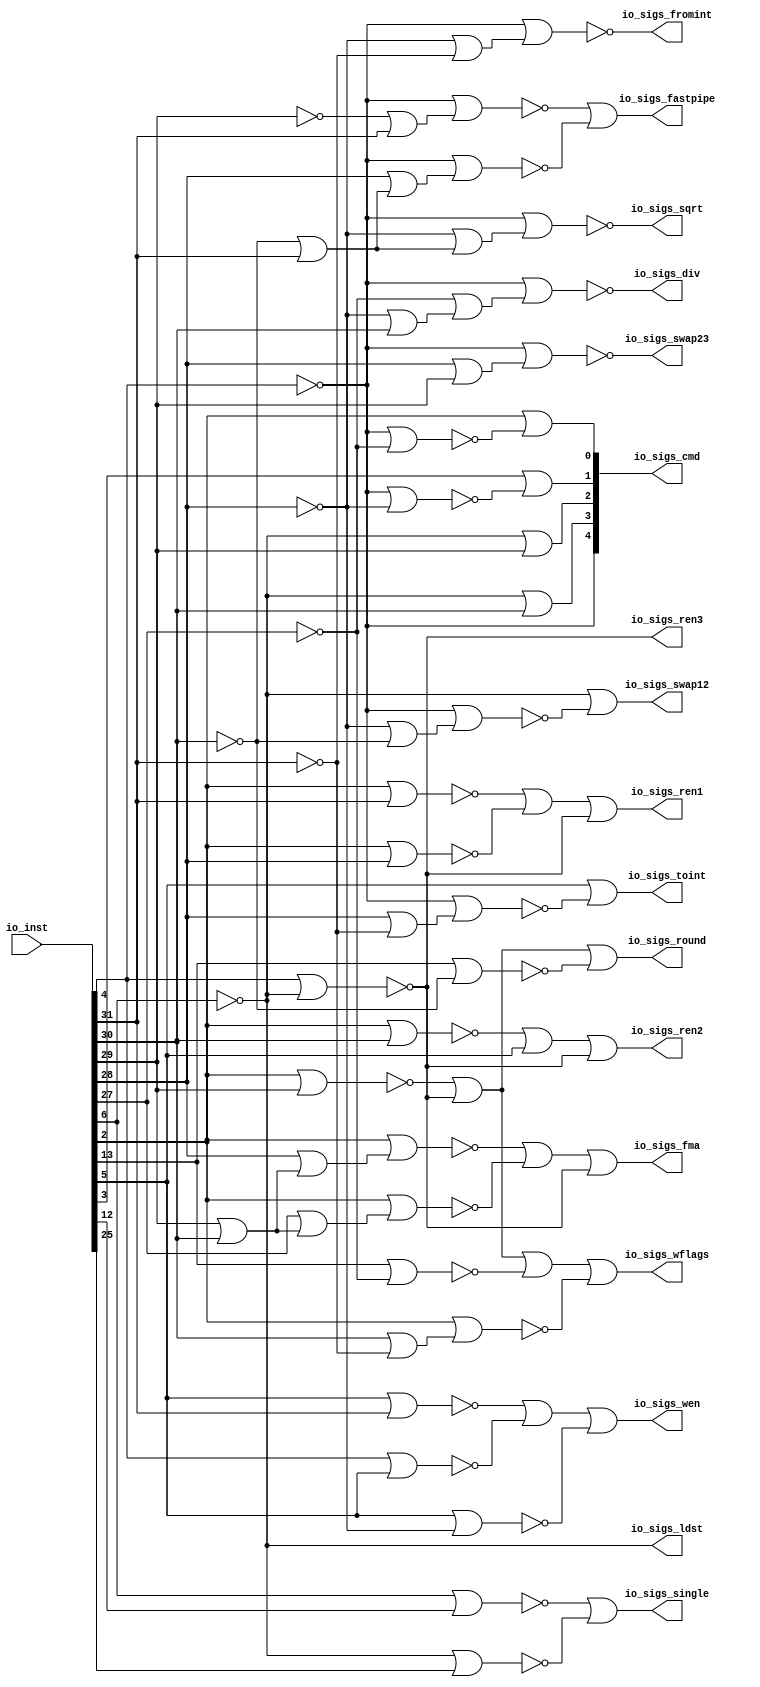
module FPUDecoder
(
  io_inst,
  io_sigs_cmd,
  io_sigs_ldst,
  io_sigs_wen,
  io_sigs_ren1,
  io_sigs_ren2,
  io_sigs_ren3,
  io_sigs_swap12,
  io_sigs_swap23,
  io_sigs_single,
  io_sigs_fromint,
  io_sigs_toint,
  io_sigs_fastpipe,
  io_sigs_fma,
  io_sigs_div,
  io_sigs_sqrt,
  io_sigs_round,
  io_sigs_wflags
);

  input [31:0] io_inst;
  output [4:0] io_sigs_cmd;
  output io_sigs_ldst;
  output io_sigs_wen;
  output io_sigs_ren1;
  output io_sigs_ren2;
  output io_sigs_ren3;
  output io_sigs_swap12;
  output io_sigs_swap23;
  output io_sigs_single;
  output io_sigs_fromint;
  output io_sigs_toint;
  output io_sigs_fastpipe;
  output io_sigs_fma;
  output io_sigs_div;
  output io_sigs_sqrt;
  output io_sigs_round;
  output io_sigs_wflags;
  wire [4:0] io_sigs_cmd;
  wire io_sigs_ldst,io_sigs_wen,io_sigs_ren1,io_sigs_ren2,io_sigs_ren3,io_sigs_swap12,
  io_sigs_swap23,io_sigs_single,io_sigs_fromint,io_sigs_toint,io_sigs_fastpipe,
  io_sigs_fma,io_sigs_div,io_sigs_sqrt,io_sigs_round,io_sigs_wflags,T3,T6,T14,T20,T50,
  T54,T62,N1,N2,N4,N5,N6,N8,N9,N10,N12,N13,N14,N16,N17,N18,N19,N20,N21,N22,N23,
  N24,N25,N27,N28,N29,N30,N31,N32,N33,N34,N35,N36,N37,N38,N39,N40,N41,N42,N43,N44,
  N45,N46,N47,N48,N49,N50,N51,N52,N53,N54,N55,N56,N57,N58,N59,N60,N61,N62,N63,N64,
  N65,N66,N67,N68,N69;
  assign io_sigs_cmd[4] = ~io_inst[4];
  assign N1 = io_inst[28] | io_inst[29];
  assign N2 = io_sigs_cmd[4] | N1;
  assign io_sigs_swap23 = ~N2;
  assign N4 = ~io_inst[31];
  assign N5 = N18 | N4;
  assign N6 = io_sigs_cmd[4] | N5;
  assign io_sigs_fromint = ~N6;
  assign N8 = N18 | io_inst[30];
  assign N9 = N21 | N8;
  assign N10 = io_sigs_cmd[4] | N9;
  assign io_sigs_div = ~N10;
  assign N12 = N16 | io_inst[31];
  assign N13 = N18 | N12;
  assign N14 = io_sigs_cmd[4] | N13;
  assign io_sigs_sqrt = ~N14;
  assign N16 = ~io_inst[30];
  assign N17 = ~io_inst[29];
  assign N18 = ~io_inst[28];
  assign N19 = io_sigs_cmd[4] | N18;
  assign N20 = ~N19;
  assign N21 = ~io_inst[27];
  assign N22 = io_sigs_cmd[4] | N21;
  assign N23 = ~N22;
  assign N24 = io_inst[5] | N18;
  assign N25 = ~N24;
  assign io_sigs_ldst = ~io_inst[6];
  assign N27 = N18 | N16;
  assign N28 = io_sigs_cmd[4] | N27;
  assign N29 = ~N28;
  assign N30 = io_inst[6] | io_inst[12];
  assign N31 = ~N30;
  assign N32 = io_sigs_ldst | io_inst[25];
  assign N33 = ~N32;
  assign N34 = io_inst[28] | N4;
  assign N35 = io_sigs_cmd[4] | N34;
  assign N36 = ~N35;
  assign N37 = N17 | io_inst[31];
  assign N38 = io_sigs_cmd[4] | N37;
  assign N39 = ~N38;
  assign N40 = io_inst[28] | N12;
  assign N41 = io_sigs_cmd[4] | N40;
  assign N42 = ~N41;
  assign N43 = io_inst[13] | N16;
  assign N44 = ~N43;
  assign N45 = io_inst[30] | N4;
  assign N46 = io_inst[2] | N45;
  assign N47 = ~N46;
  assign N48 = io_inst[5] | io_inst[31];
  assign N49 = ~N48;
  assign N50 = io_inst[4] | io_inst[5];
  assign N51 = ~N50;
  assign N52 = io_inst[2] | io_inst[31];
  assign N53 = ~N52;
  assign N54 = io_inst[2] | io_inst[28];
  assign N55 = ~N54;
  assign N56 = io_inst[2] | io_inst[30];
  assign N57 = ~N56;
  assign N58 = io_inst[29] | io_inst[30];
  assign N59 = io_inst[28] | N58;
  assign N60 = io_inst[2] | N59;
  assign N61 = ~N60;
  assign N62 = io_inst[27] | N58;
  assign N63 = io_inst[2] | N62;
  assign N64 = ~N63;
  assign N65 = io_inst[13] | N21;
  assign N66 = ~N65;
  assign N67 = io_inst[2] | io_inst[29];
  assign N68 = ~N67;
  assign N69 = io_inst[4] | io_sigs_ldst;
  assign io_sigs_ren3 = ~N69;
  assign io_sigs_wflags = T3 | N47;
  assign T3 = T6 | N66;
  assign T6 = N68 | io_sigs_ren3;
  assign io_sigs_round = T14 | N44;
  assign T14 = N68 | io_sigs_ren3;
  assign io_sigs_fma = T20 | io_sigs_ren3;
  assign T20 = N61 | N64;
  assign io_sigs_fastpipe = N39 | N42;
  assign io_sigs_toint = io_inst[5] | N36;
  assign io_sigs_single = N31 | N33;
  assign io_sigs_swap12 = io_sigs_ldst | N29;
  assign io_sigs_ren2 = T50 | io_sigs_ren3;
  assign T50 = N57 | io_inst[5];
  assign io_sigs_ren1 = T54 | io_sigs_ren3;
  assign T54 = N53 | N55;
  assign io_sigs_wen = T62 | N25;
  assign T62 = N49 | N51;
  assign io_sigs_cmd[0] = io_inst[2] | N23;
  assign io_sigs_cmd[1] = io_inst[3] | N20;
  assign io_sigs_cmd[2] = io_sigs_ldst | io_inst[29];
  assign io_sigs_cmd[3] = io_sigs_ldst | io_inst[30];

endmodule